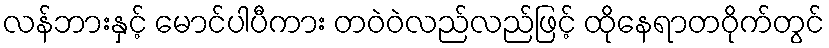
လန်ဘားနှင့် မောင်ပါပီကား တဝဲဝဲလည်လည်ဖြင့် ထိုနေရာတဝိုက်တွင်